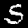
Digit: 5